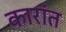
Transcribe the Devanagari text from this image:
कारांत